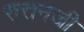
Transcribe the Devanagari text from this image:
रुत्तनजी